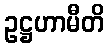
ဥဋ္ဌဟာမီတိ